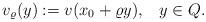
LaTeX: \begin{align*}\displaystyle{v_\varrho(y):= v(x_0+ \varrho y), \;\;\; y \in Q.}\end{align*}